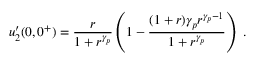
u _ { 2 } ^ { \prime } ( 0 , 0 ^ { + } ) = \frac { r } { 1 + r ^ { \gamma _ { p } } } \left( 1 - \frac { ( 1 + r ) \gamma _ { p } r ^ { \gamma _ { p } - 1 } } { 1 + r ^ { \gamma _ { p } } } \right) \; .